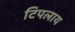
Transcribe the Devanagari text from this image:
टिपलाय